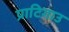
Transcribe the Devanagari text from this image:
प्राटिगाउ